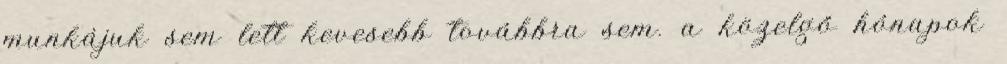
munkájuk sem lett kevesebb továbbra sem. a közelgő hónapok